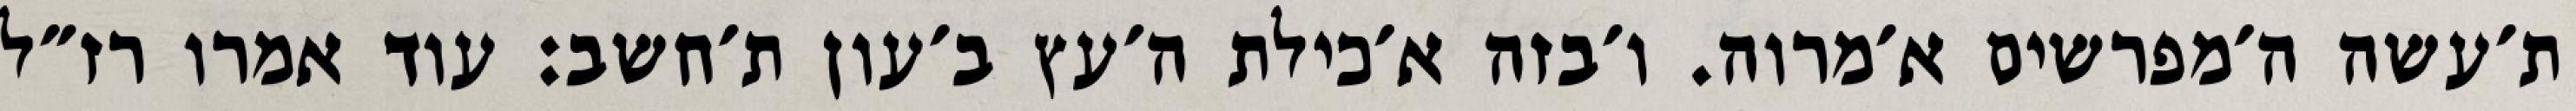
ת׳עשה ה׳מפרשים א׳מרוה. ו׳בזה א׳כילת ה׳עץ ב׳עון ת׳חשב: עוד אמרו רז״ל